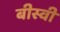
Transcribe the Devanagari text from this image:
बीस्वीं